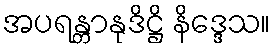
အပရန္တာနုဒိဋ္ဌိ နိဒ္ဒေသ။